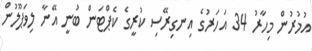
އުމުރުން މިހާރު 34 އަހަރުގެ އިނގިރޭސި ކުރީގެ ކެޕްޓަން ބުނީ އޭނާ ލިވަޕޫލުން